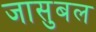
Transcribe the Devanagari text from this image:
जासुबल